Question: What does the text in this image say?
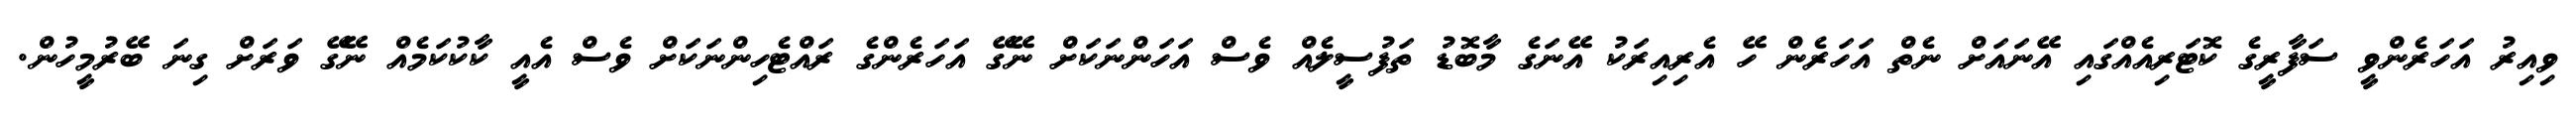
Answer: ވިއިރު އަހަރެންވީ ސަފާރީގެ ކޮޓަރިއެއްގައި އޭނައަށް ނެތް އަހަރެން ހޭ އެރިއިރަކު އޭނަގެ މާބޮޑު ތަފުސީލެއް ވެސް އަހަންނަކަށް ނޭގޭ އަހަރެންގެ ރައްޓެހިންނަކަށް ވެސް އެއީ ކާކުކަމެއް ނޭގޭ ވަރަށް ގިނަ ބޭރުމީހުން.